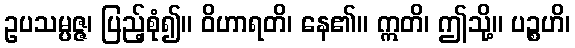
ဥပသမ္ပဇ္ဇ၊ ပြည့်စုံ၍။ ဝိဟာရတိ၊ နေ၏။ ဣတိ၊ ဤသို့။ ပဉ္စဟိ၊